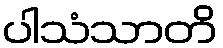
ပါသံသာတိ